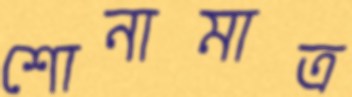
শোনামাত্র